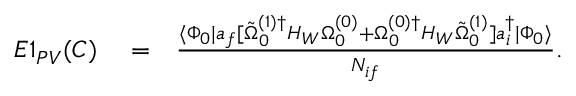
\begin{array} { r l r } { E 1 _ { P V } ( C ) } & { { } = } & { \frac { \langle \Phi _ { 0 } | a _ { f } [ \tilde { \Omega } _ { 0 } ^ { ( 1 ) \dagger } H _ { W } \Omega _ { 0 } ^ { ( 0 ) } + \Omega _ { 0 } ^ { ( 0 ) \dagger } H _ { W } \tilde { \Omega } _ { 0 } ^ { ( 1 ) } ] a _ { i } ^ { \dagger } | \Phi _ { 0 } \rangle } { { \cal N } _ { i f } } . \ \ \ } \end{array}